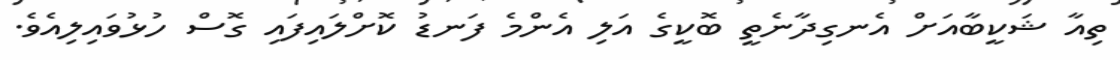
ތިއާ ޝަކީބާއަށް އެނގިދާނެތީ ބޮކީގެ އަލި އެންމެ ފަނޑު ކޮށްލައިފައި ގޮސް ހުޅުވައިލިއެވެ.